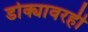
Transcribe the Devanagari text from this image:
डोक्यावरही